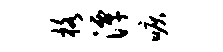
格潭唳